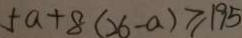
5 a + 8 ( 2 6 - a ) \geq 1 9 5